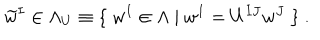
LaTeX: \widetilde { w } ^ { I } \in \Lambda _ { U } \equiv \{ \ w ^ { I } \in \Lambda \ | \ w ^ { I } = U ^ { I J } w ^ { J } \ \} \ .